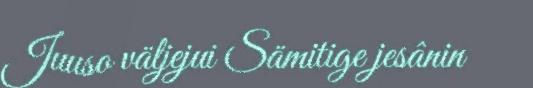
Juuso väljejui Sämitige jesânin